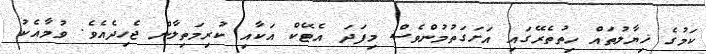
ކަމުގެ ޚިޔާލުތައް ހިތުތެރޭގައި އަށަގަތުމުންވެސް މިފަދަ އެޓޭކް އަކާއި ކުރިމަތިލާން ޖެހިދެއެވެ. ވުމާއެކު